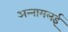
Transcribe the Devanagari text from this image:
अन्‍नामलई